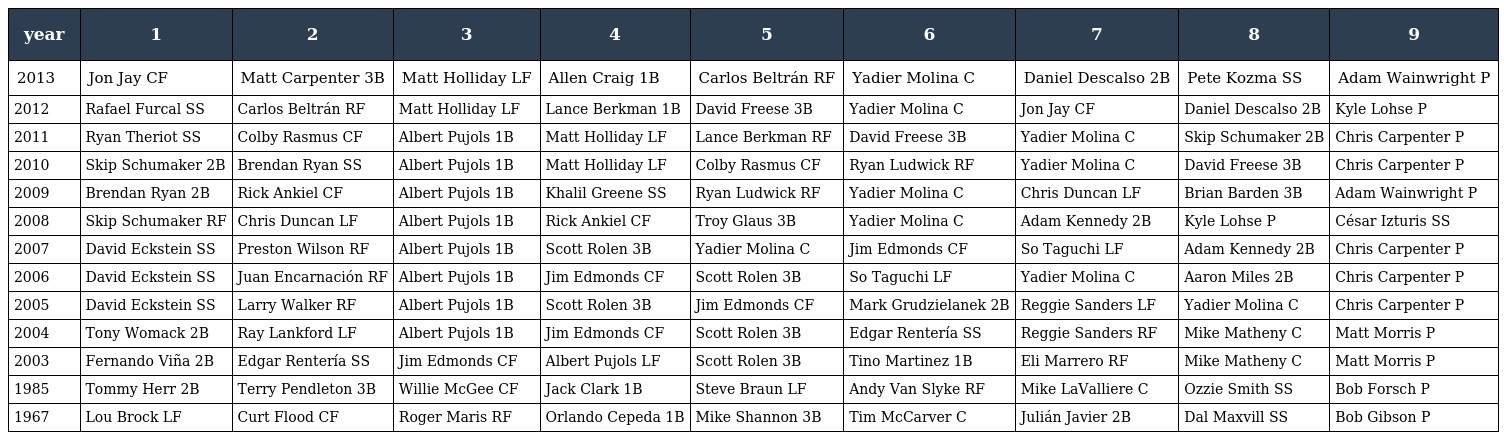
| year | 1 | 2 | 3 | 4 | 5 | 6 | 7 | 8 | 9 |
 | --- | --- | --- | --- | --- | --- | --- | --- | --- | --- |
 | 2013 | Jon Jay CF | Matt Carpenter 3B | Matt Holliday LF | Allen Craig 1B | Carlos Beltrán RF | Yadier Molina C | Daniel Descalso 2B | Pete Kozma SS | Adam Wainwright P |
 | 2012 | Rafael Furcal SS | Carlos Beltrán RF | Matt Holliday LF | Lance Berkman 1B | David Freese 3B | Yadier Molina C | Jon Jay CF | Daniel Descalso 2B | Kyle Lohse P |
 | 2011 | Ryan Theriot SS | Colby Rasmus CF | Albert Pujols 1B | Matt Holliday LF | Lance Berkman RF | David Freese 3B | Yadier Molina C | Skip Schumaker 2B | Chris Carpenter P |
 | 2010 | Skip Schumaker 2B | Brendan Ryan SS | Albert Pujols 1B | Matt Holliday LF | Colby Rasmus CF | Ryan Ludwick RF | Yadier Molina C | David Freese 3B | Chris Carpenter P |
 | 2009 | Brendan Ryan 2B | Rick Ankiel CF | Albert Pujols 1B | Khalil Greene SS | Ryan Ludwick RF | Yadier Molina C | Chris Duncan LF | Brian Barden 3B | Adam Wainwright P |
 | 2008 | Skip Schumaker RF | Chris Duncan LF | Albert Pujols 1B | Rick Ankiel CF | Troy Glaus 3B | Yadier Molina C | Adam Kennedy 2B | Kyle Lohse P | César Izturis SS |
 | 2007 | David Eckstein SS | Preston Wilson RF | Albert Pujols 1B | Scott Rolen 3B | Yadier Molina C | Jim Edmonds CF | So Taguchi LF | Adam Kennedy 2B | Chris Carpenter P |
 | 2006 | David Eckstein SS | Juan Encarnación RF | Albert Pujols 1B | Jim Edmonds CF | Scott Rolen 3B | So Taguchi LF | Yadier Molina C | Aaron Miles 2B | Chris Carpenter P |
 | 2005 | David Eckstein SS | Larry Walker RF | Albert Pujols 1B | Scott Rolen 3B | Jim Edmonds CF | Mark Grudzielanek 2B | Reggie Sanders LF | Yadier Molina C | Chris Carpenter P |
 | 2004 | Tony Womack 2B | Ray Lankford LF | Albert Pujols 1B | Jim Edmonds CF | Scott Rolen 3B | Edgar Rentería SS | Reggie Sanders RF | Mike Matheny C | Matt Morris P |
 | 2003 | Fernando Viña 2B | Edgar Rentería SS | Jim Edmonds CF | Albert Pujols LF | Scott Rolen 3B | Tino Martinez 1B | Eli Marrero RF | Mike Matheny C | Matt Morris P |
 | 1985 | Tommy Herr 2B | Terry Pendleton 3B | Willie McGee CF | Jack Clark 1B | Steve Braun LF | Andy Van Slyke RF | Mike LaValliere C | Ozzie Smith SS | Bob Forsch P |
 | 1967 | Lou Brock LF | Curt Flood CF | Roger Maris RF | Orlando Cepeda 1B | Mike Shannon 3B | Tim McCarver C | Julián Javier 2B | Dal Maxvill SS | Bob Gibson P |